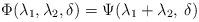
LaTeX: \begin{align*}\Phi(\lambda_1,\lambda_2,\delta) = \Psi(\lambda_1+\lambda_2,\:\delta)\end{align*}